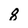
Character: 8